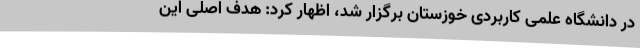
در دانشگاه علمی کاربردی خوزستان برگزار شد، اظهار کرد: هدف اصلی این